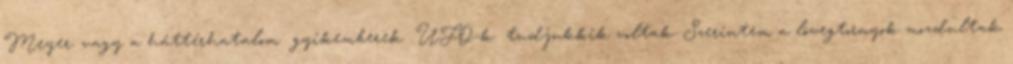
Meyer: vagy a háttérhatalom gyíkemberek UFO-k tudjukkik voltak. Szerintem a lövegtornyok mozdultak